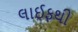
લાઈફથી